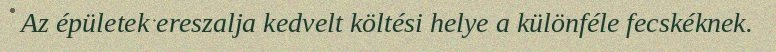
Az épületek ereszalja kedvelt költési helye a különféle fecskéknek.